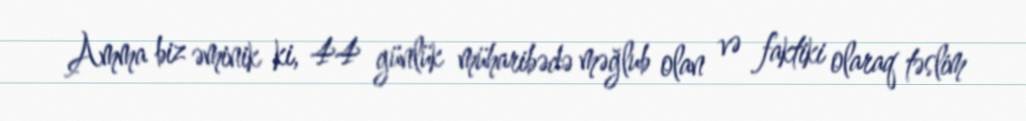
Amma biz əminik ki, 44 günlük müharibədə məğlub olan və faktiki olaraq təslim